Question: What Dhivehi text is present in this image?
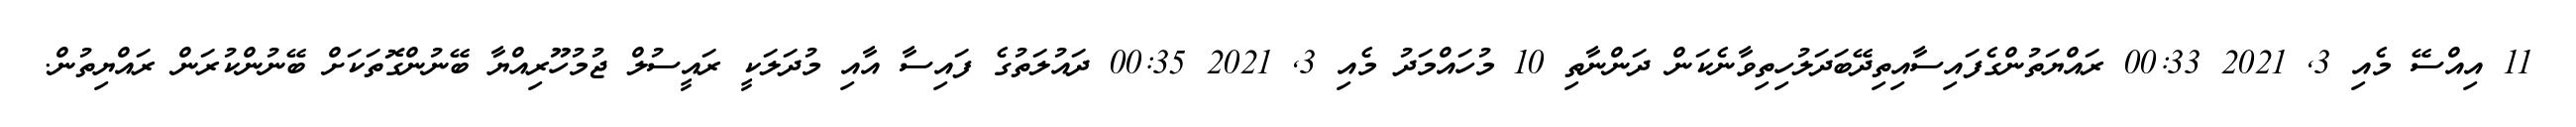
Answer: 11 އިއްސޭ މެއި 3, 2021 00:33 ރައްޔަތުންގެފައިސާއިތިދޭބަދަލުހިތިވާނެކަން ދަންނާތި 10 މުހައްމަދު މެއި 3, 2021 00:35 ދައުލަތުގެ ފައިސާ އާއި މުދަލަކީ ރައީސުލް ޖުމުހޫރިއްޔާ ބޭނުންގޮތަކަށް ބޭނުންކުރަން ރައްޔިތުން.